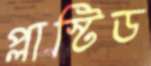
প্লাস্টিড